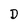
Character: D